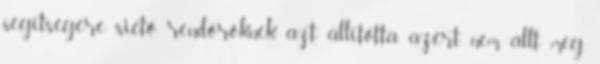
segítségére siető rendőröknek azt állította, azért nem állt meg,